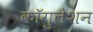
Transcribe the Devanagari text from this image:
कॉगुलेशन